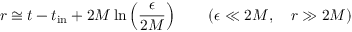
r \cong t - t _ { \mathrm { i n } } + 2 M \ln \left( { \frac { \epsilon } { 2 M } } \right) \qquad ( \epsilon \ll 2 M , \quad r \gg 2 M )